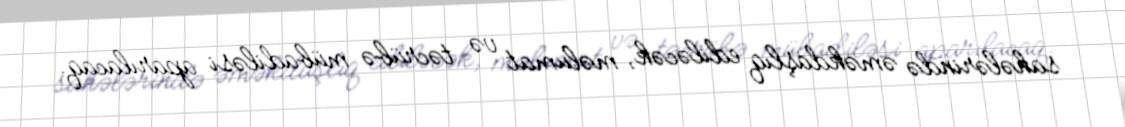
sahələrində əməkdaşlıq ediləcək, məlumat və təcrübə mübadiləsi aparılacaq.